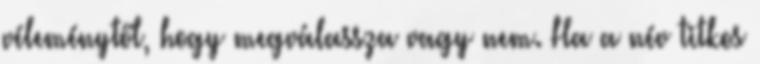
véleménytől, hogy megválassza vagy nem. Ha a név titkos